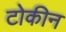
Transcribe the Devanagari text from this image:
टोकीन